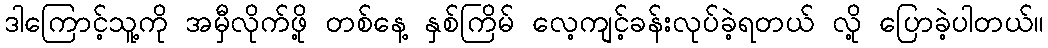
ဒါကြောင့်သူ့ကို အမှီလိုက်ဖို့ တစ်နေ့ နှစ်ကြိမ် လေ့ကျင့်ခန်းလုပ်ခဲ့ရတယ် လို့ ပြောခဲ့ပါတယ်။